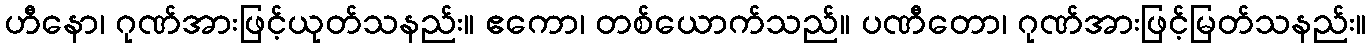
ဟီနော၊ ဂုဏ်အားဖြင့်ယုတ်သနည်း။ ဧကော၊ တစ်ယောက်သည်။ ပဏီတော၊ ဂုဏ်အားဖြင့်မြတ်သနည်း။